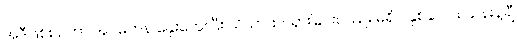
အဲဒီဖြစ်စဉ်ဟာ အင်မတန် နှေးကွေးပြီး သိသာထင်ရှားခြင်းလည်း မရှိပဲ နှစ်ပေါင်း သန်းနဲ့ချီ